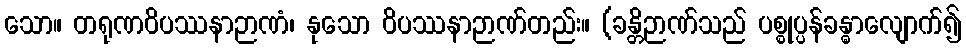
သော။ တရုဏဝိပဿနာဉာဏံ၊ နုသော ဝိပဿနာဉာဏ်တည်း။ (ခန္တိဉာဏ်သည် ပစ္စုပ္ပန်ခန္ဓာလျောက်၍